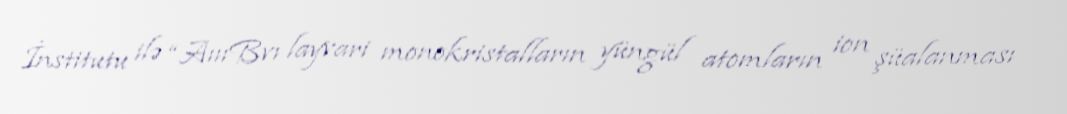
İnstitutu ilə “AıııBvı layvari monokristalların yüngül atomların ion şüalanması